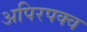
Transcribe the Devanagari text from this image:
अपिरपक्व